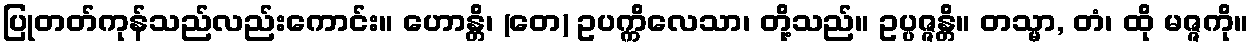
ပြုတတ်ကုန်သည်လည်းကောင်း။ ဟောန္တိ၊ (တေ) ဥပက္ကိလေသာ၊ တို့သည်။ ဥပ္ပဇ္ဇန္တိ။ တသ္မာ, တံ၊ ထို မဇ္ဇကို။